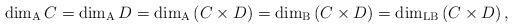
LaTeX: \begin{align*}\dim_{\rm A}C=\dim_{\rm A}D=\dim_{\rm A}\left(C\times D\right) = \dim_{\rm B}\left(C\times D\right)=\dim_{\rm LB}\left(C\times D\right),\end{align*}